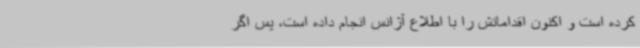
کرده است و اکنون اقداماتش را با اطلاع آژانس انجام داده است، پس اگر